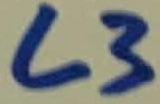
Text: L3